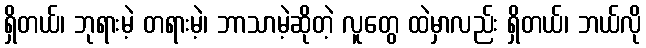
ရှိတယ်၊ ဘုရားမဲ့ တရားမဲ့၊ ဘာသာမဲ့ဆိုတဲ့ လူတွေ ထဲမှာလည်း ရှိတယ်၊ ဘယ်လို